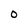
Character: 0